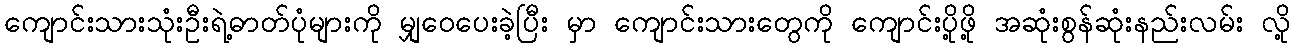
ကျောင်းသားသုံးဦးရဲ့ဓာတ်ပုံများကို မျှဝေပေးခဲ့ပြီး မှာ ကျောင်းသားတွေကို ကျောင်းပို့ဖို့ အဆုံးစွန်ဆုံးနည်းလမ်း လို့